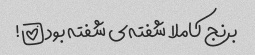
برنج کاملا شفته‌ی شفته بود!!!!!!!!!!